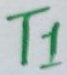
Text: T1